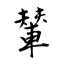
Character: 輦